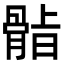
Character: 𮪫